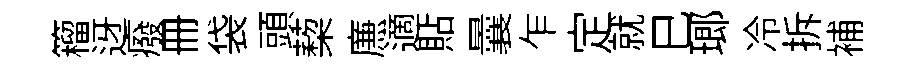
籕迓癈册袋頭蔾㢘適貼曩乍定就巳瑯冷拆補